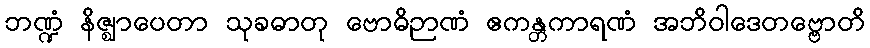
ဘဏ္ဍံ နိဇ္ဈာပေတာ သုခဓာတု ဗောဓိဉာဏံ ဧကန္တကာရဏံ အဘိဝါဒေတဗ္ဗောတိ